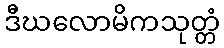
ဒီဃလောမိကသုတ္တံ